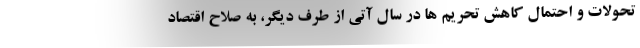
تحولات و احتمال کاهش تحریم ها در سال آتی از طرف دیگر، به صلاح اقتصاد